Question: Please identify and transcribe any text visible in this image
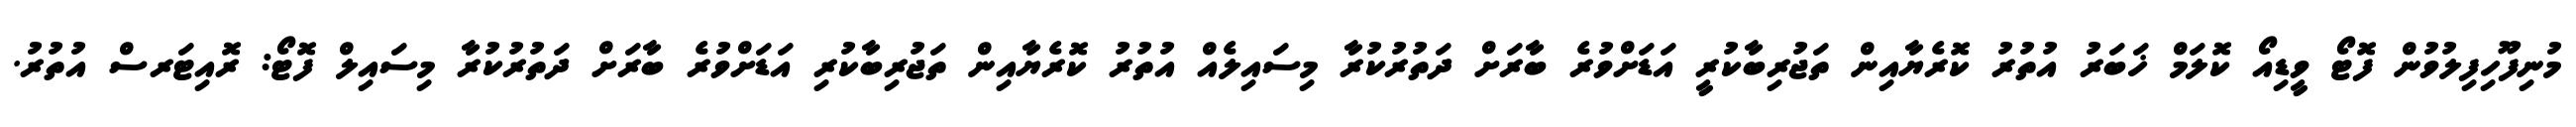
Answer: މުނިފޫހިފިލުވުން ފޮޓޯ ވީޑިއޯ ކޮލަމް ޚަބަރު އުތުރު ކޮރެޔާއިން ތަޖުރިބާކުރީ އަޑަށްވުރެ ބާރަށް ދަތުރުކުރާ މިސައިލެއް އުތުރު ކޮރެޔާއިން ތަޖުރިބާކުރި އަޑަށްވުރެ ބާރަށް ދަތުރުކުރާ މިސައިލް ފޮޓޯ: ރޮއިޓަރސް އުތުރު.